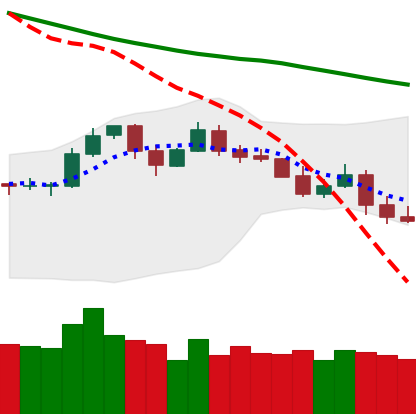
Ticker: LTC-USD
Chart end date: 2019-11-20
Forward return: -17.111%
Label: down_7plus